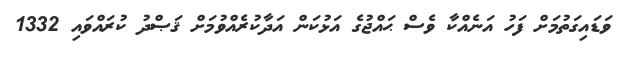
ވަޑައިގަތުމަށް ފަހު އަނެއްކާ ވެސް ޙައްޖުގެ އަޅުކަން އަދާކުރެއްވުމަށް ޤަޞްދު ކުރައްވައި 1332